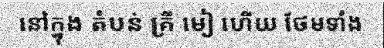
នៅក្នុង តំបន់ គ្រី មៀ ហើយ ថែមទាំង